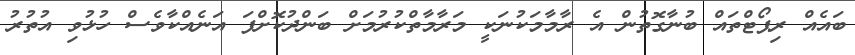
ބައެއް ރިޕޯޓްތައް ބުނާގޮތުން އެ ރާމާމަކުނަކީ މަރާމާތްކުރުމަށް ބަންދުކޮށްފަ އަނެއްކާވެސް ހުޅުވި އުތުރު